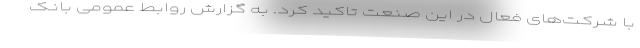
با شرکت‌های فعال در این صنعت تاکید کرد. به گزارش روابط عمومی بانک